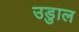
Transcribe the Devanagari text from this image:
उडुाल